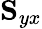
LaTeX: \mathbf{S}_{yx}